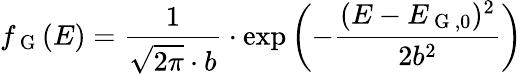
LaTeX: f_{\mathrm{~G~}}(E)=\frac{1}{\sqrt{2\pi}\cdot b}\cdot\exp\left(-\frac{(E-E_{\mathrm{~G~},0})^{2}}{2b^{2}}\right)